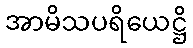
အာမိသပရိယေဋ္ဌိ